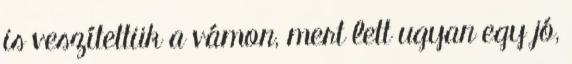
is veszítettük a vámon, mert lett ugyan egy jó,